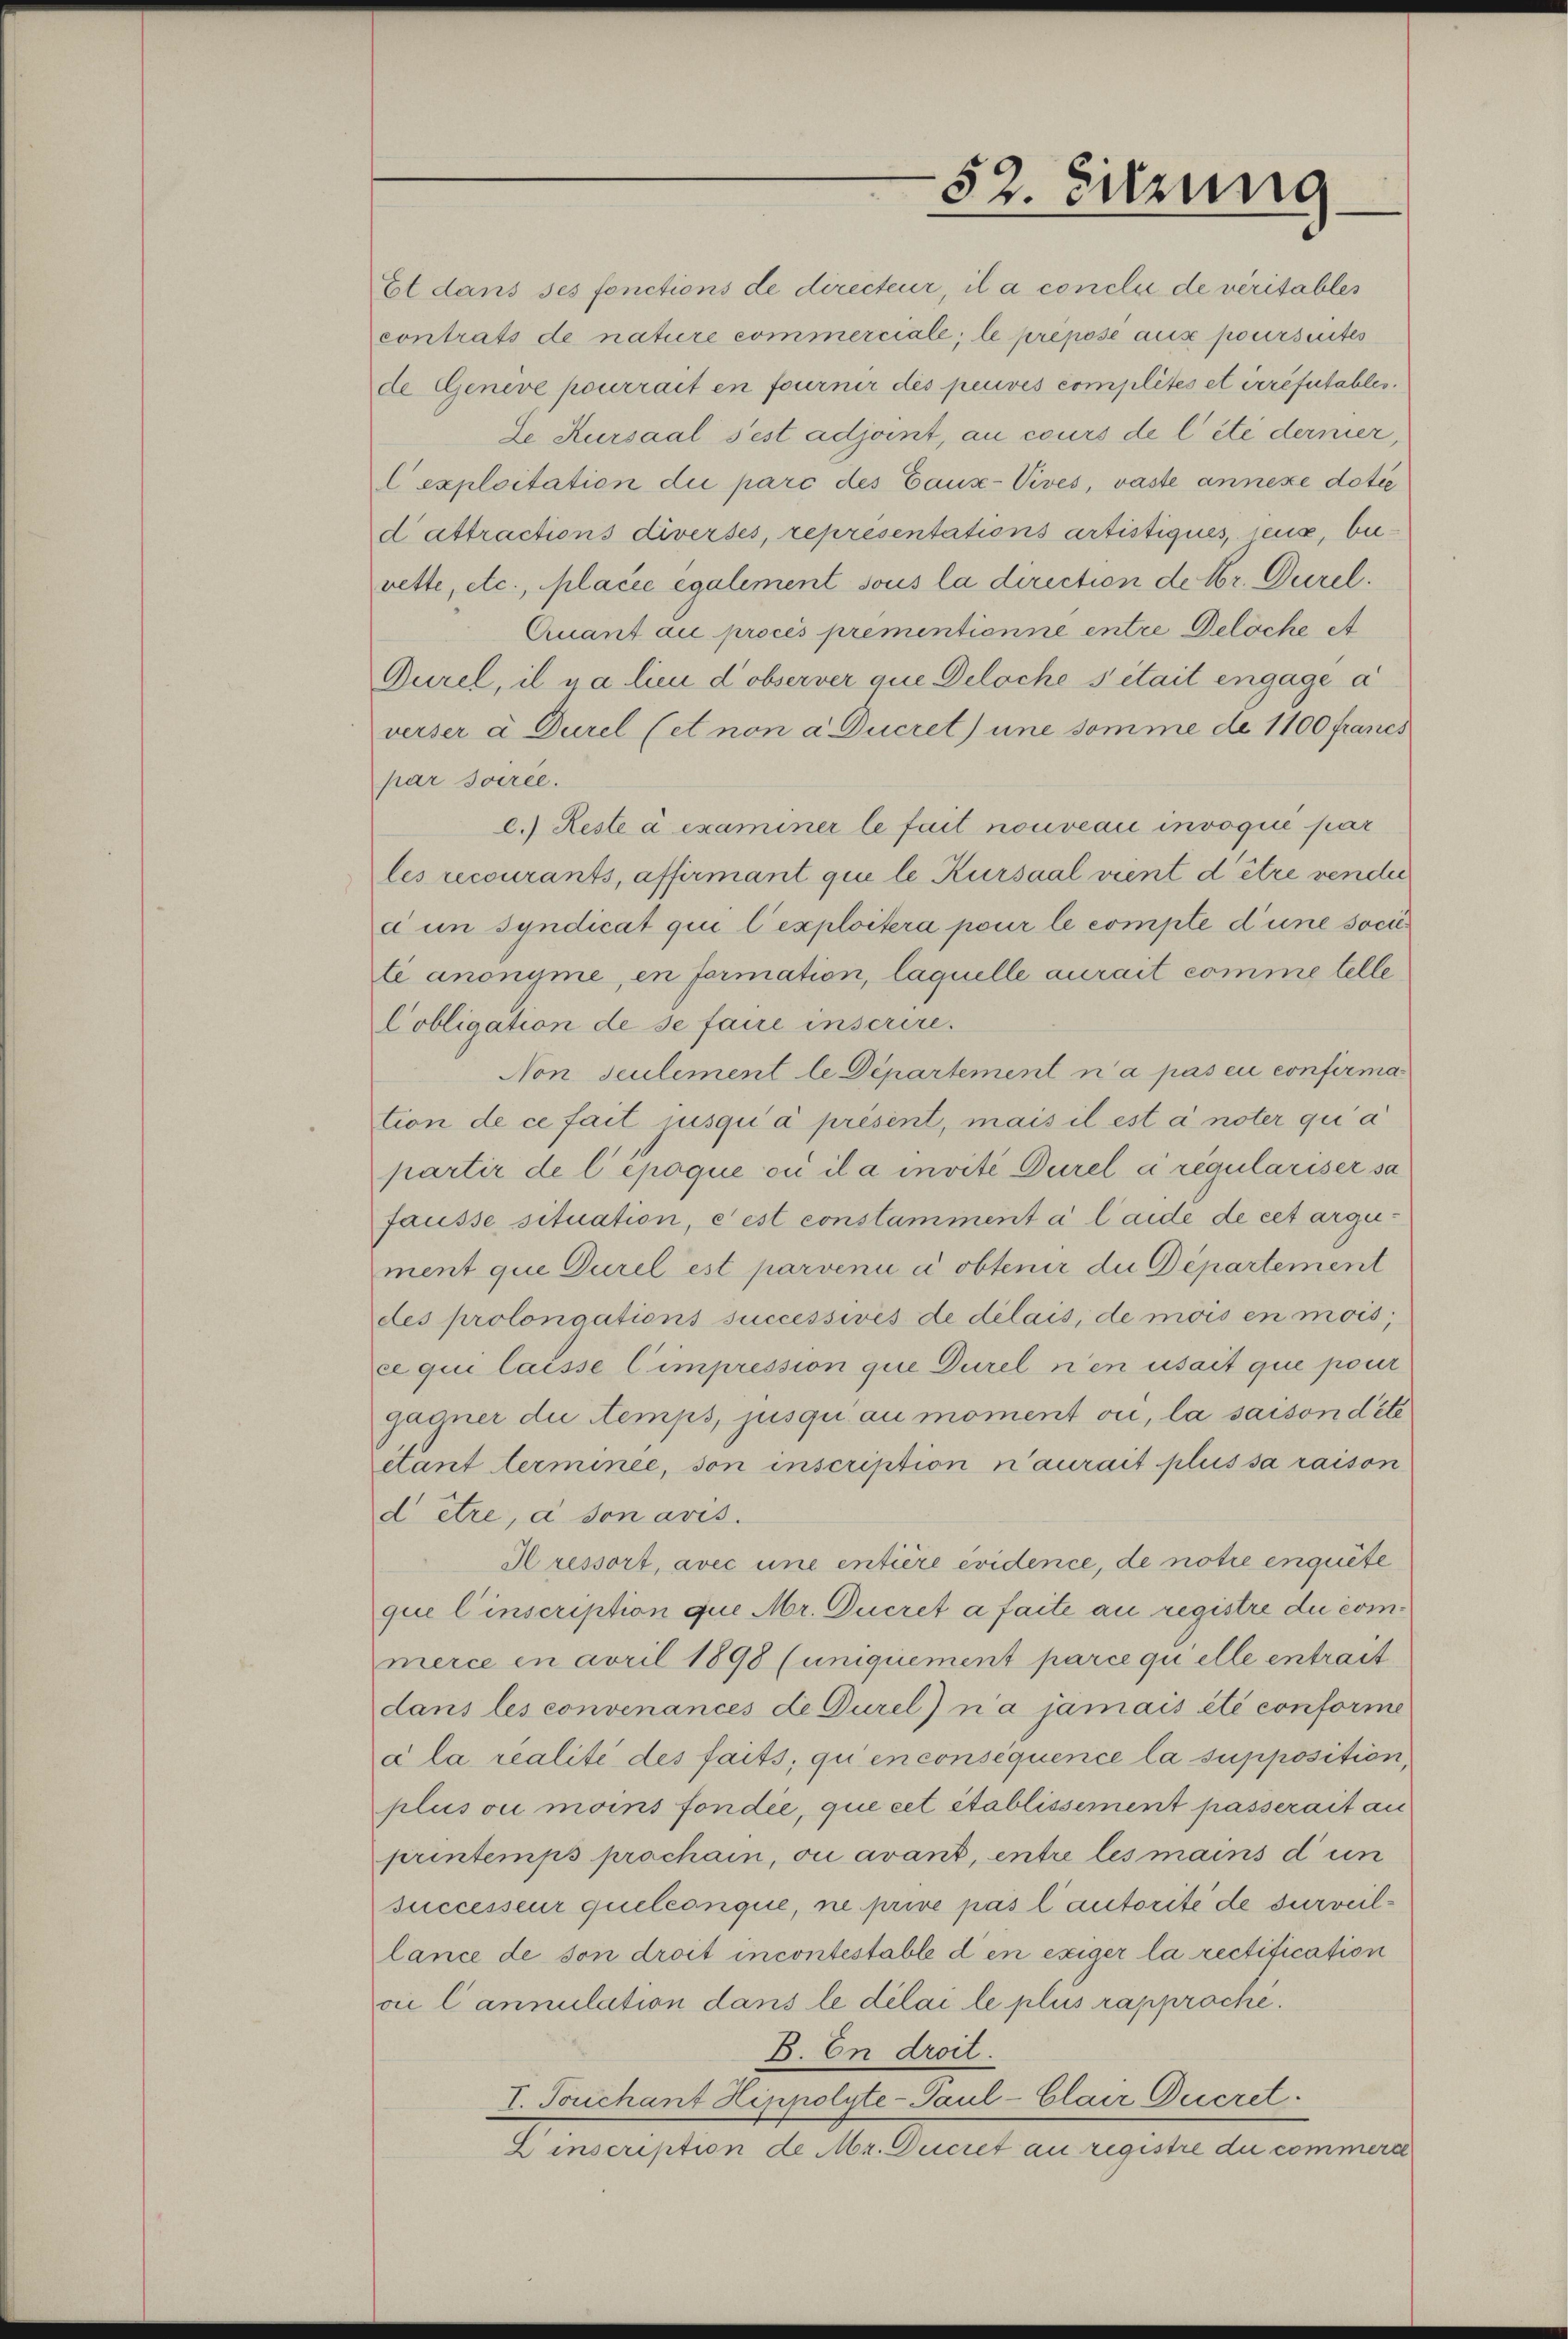
52. Sitzung

Et dans ses fonctions de directeur, il a conclu de veritables
contrats de nature commerciale; le prepose aus poursuites
de Genève pourrait en fournir des peuves complités et irrefutables.
Se Kursaal s’est adjoint, au cours de l’été derner,
l exploitation die parc des Caus-Vives, vaste annexe dotée
d attractions diversés, représentations artistiques, sens, bei
vette, etc., placie également sous la direction de Sr. Durel.
Quant au procès prementienne entre Deliche A
Durel, il na lieu dobserver aue Deloche sitait engagé à
verser à Durel (et non a Ducret une somme de 1100 francs
par socree.
e.) Reste à examiner le fait nouveau invoqué par
les recourants, affirmant qui le Kursaal vient d’être vender
c un syndicat qui l’exploitera pour le compte d’une societi anonyme, en formation, laquelle aurait comme telle
Cobligation de se faire inscrire.
Non seulement le Departement n’a pas eu confirmation de ce fait jusqu’à présent, mais il est à noter qui a
partir de l’époque ou il a invité Durel à regulariser sa
fausse situation, c’est constamment a laide de cet argument que Durel est parveni a obtenir die Departement
des prolongations successives de délais, de mois en mois,
ce qui laisse Cimpression que Durel nen usait que pour
gadner die Stemps, jusqu’au moment vii, la saison dite
ctant terminée, son inscription n’aurait plus sa raison
d être, à son avis.
Hressort, avec une entière évidence, de notie enquete
que l’inscription que Mr. Ducret a faite au registre du commerce in avril 1898 (unquement parce quelle entrait
dans les convenances de Durel) n’a jamais été conforme
ala realité des faits, qui en consequence la supposition,
plus ou moins fondée, que cet établissement passerait au
printemps prachain, ou avant, entre les mains d un
successeur quelconque, ne prive pas lautorité de surveillance de son droit incontestable den exiger la rectification
vii Cannulation dans le délai le plus rapproche.
E. In droit.
I. Truchant Hippolyte- Paul -Clair Decret
Einscription de Mr. Ducret au registre du commerce